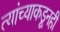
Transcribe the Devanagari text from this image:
त्यांच्याकडूनही